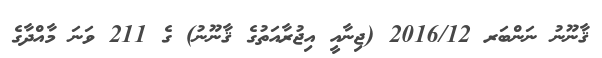
ޤާނޫނު ނަންބަރ 2016/12 (ޖިނާއީ އިޖުރާއަތުގެ ޤާނޫނު) ގެ 211 ވަނަ މާއްދާގެ